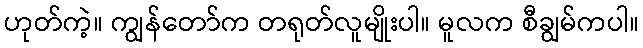
ဟုတ်ကဲ့။ ကျွန်တော်က တရုတ်လူမျိုးပါ။ မူလက စီချွမ်ကပါ။